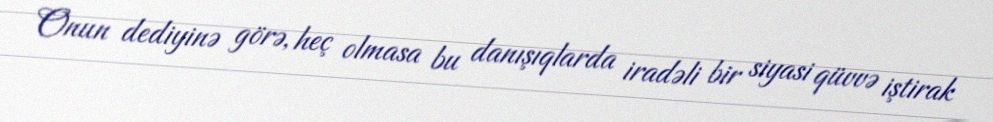
Onun dediyinə görə, heç olmasa bu danışıqlarda iradəli bir siyasi qüvvə iştirak